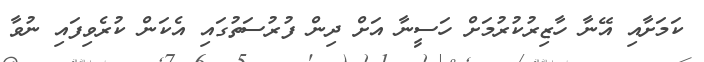
ކަމަށާއި އޭނާ ހާޒިރުކުރުމަށް ހަސީނާ އަށް ދިން ފުރުސަތުގައި އެކަން ކުރެވިފައި ނުވާ